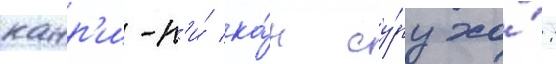
канр'и-н'и́ ка́н су́ру хо́: